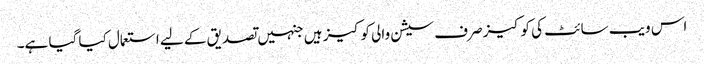
اس ویب سائٹ کی کوکیز صرف سیشن والی کوکیز ہیں جنہیں تصدیق کے لیے استعمال کیا گیا ہے۔